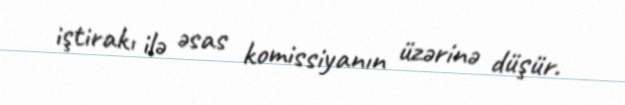
iştirakı ilə əsas komissiyanın üzərinə düşür.